Language: tamil
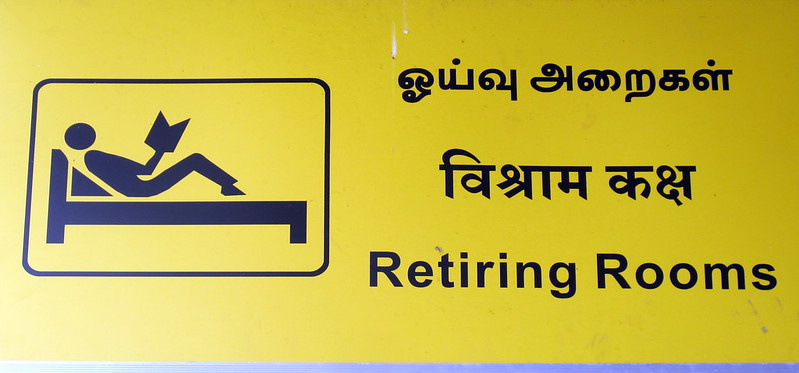
Transcription: ஓய்வு அறைகள்